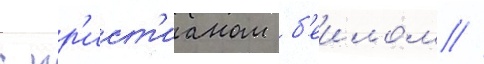
с кр'ист'ианом б'еилом //